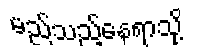
မည်သည့်နေရာသို့